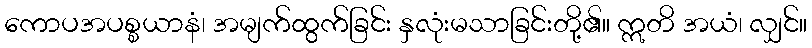
ကောပအပစ္စယာနံ၊ အမျက်ထွက်ခြင်း နှလုံးမသာခြင်းတို့၏။ ဣတိ အယံ၊ လျှင်။